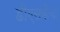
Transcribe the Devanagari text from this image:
डीएसकेंचा